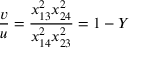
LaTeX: \frac { v } { u } = \frac { x _ { 1 3 } ^ { 2 } x _ { 2 4 } ^ { 2 } } { x _ { 1 4 } ^ { 2 } x _ { 2 3 } ^ { 2 } } = 1 - Y